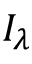
I _ { \lambda }